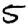
Digit: 5